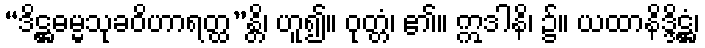
“ဒိဋ္ဌဓမ္မသုခဝိဟာရတ္ထ”န္တိ၊ ဟူ၍။ ဝုတ္တံ၊ ၏။ ဣဒါနိ၊ ၌။ ယထာနိဒ္ဒိဋ္ဌံ၊